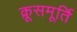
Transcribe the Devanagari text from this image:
क्रूसमूर्ति